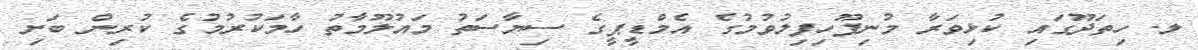
ލ. ހިތަދޫގައި ކުޅިވަރާ މުނިފޫހިފިލުވުމުގެ އެމްޑީޕީގެ ސިޔާސަތު މައުލޫމާތު ހާމަކުރުމުގެ ކުރިން ބަށި